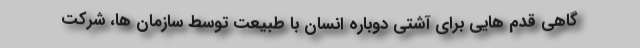
گاهی قدم هایی برای آشتی دوباره انسان با طبیعت توسط سازمان ها، شرکت